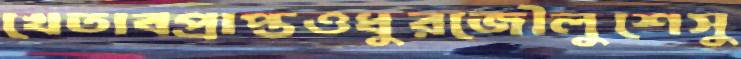
খেতাবপ্রাপ্তওধুরজৌলুশেসু